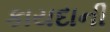
કાયદાની